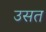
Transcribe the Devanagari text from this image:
उसत